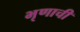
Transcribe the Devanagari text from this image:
भृणाची